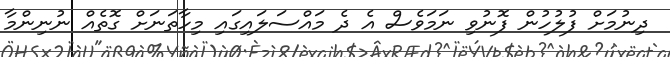
ދިނުމަށް ފުލުހުން ފޮނުވި ނަމަވެސް އެ ދެ މައްސަލައިގައި މިހާތަނަށް ގޮތެއް ނުނިންމާ